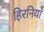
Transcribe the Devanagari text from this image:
हिरनियाँ